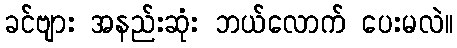
ခင်ဗျား အနည်းဆုံး ဘယ်လောက် ပေးမလဲ။